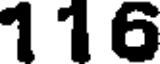
1 1 6